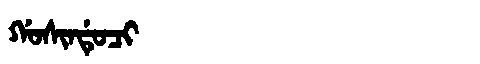
Manchu: ᡤᠣᠰᡳᠨᡩᡠᠴᡳ
Romanization: GOSINDUCI